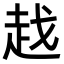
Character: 𧺱